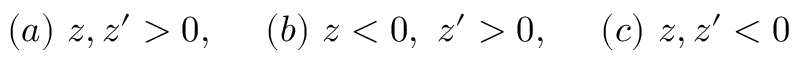
( a ) \ z , z ^ { \prime } > 0 , \ \ \ \ ( b ) \ z < 0 , \ z ^ { \prime } > 0 , \ \ \ \ ( c ) \ z , z ^ { \prime } < 0